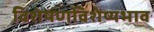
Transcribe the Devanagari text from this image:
विशेषणविशेष्यभाव